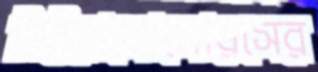
টাইরানোসোরসের